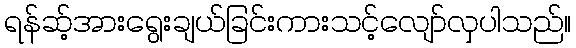
ရန်ဆ့်အားရွေးချယ်ခြင်းကားသင့်လျော်လှပါသည်။